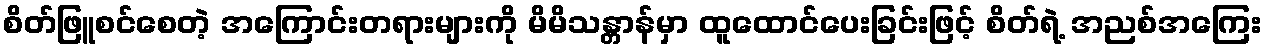
စိတ်ဖြူစင်စေတဲ့ အကြောင်းတရားများကို မိမိသန္တာန်မှာ ထူထောင်ပေးခြင်းဖြင့် စိတ်ရဲ့ အညစ်အကြေး